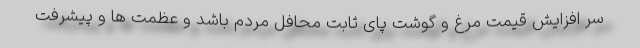
سر افزایش قیمت مرغ و گوشت پای ثابت محافل مردم باشد و عظمت ها و پیشرفت